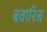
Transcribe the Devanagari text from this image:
बवारिज